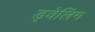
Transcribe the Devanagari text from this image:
ड्वेलिंग